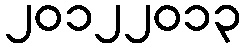
၂၀၁၂၂၀၁၃